Vaccination report Assam 1874-1896 - 1874-1896
Year: 1874
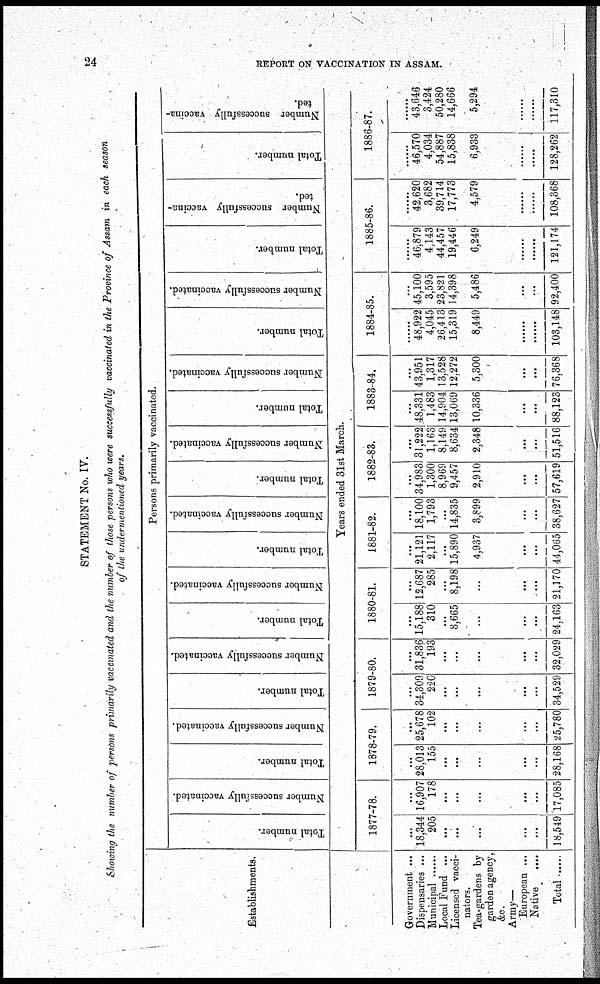
24
REPORT ON VACCINATION IN ASSAM.
STATEMENT No. IV.
Showing the number of persons primarily vaccinated and the number of those persons who were successfully vaccinated in the Province of Assam in each season
of the undermentioned years.
Establishments.
Government ...
Dispensaries ...
Local Fund ...
Licensed vacci-
nators.
Tea-gardens by
garden agency,
&c.
Army—
European ...
Native
....
Total .......
Persons primarily vaccinated.
Total number.
Number successfully vaccinated.
Total number.
Number successfully vaccinated.
Total number.
Number successfully vaccinated.
Total number.
Number successfully vaccinated.
Total number.
Number successfully vaccinated.
Total number.
Number successfully vaccinated.
Total number.
Number successfully vaccinated.
Total number.
Number successfully vaccinated.
Total number.
Number successfully vaccina-
ted.
Total number.
Number successfully vaccina-
ted.
Years ended 31st March.
1877-78.
...
18,344
205
...
...
...
...
...
18,549
...
16,907
178
...
...
...
...
...
17,085
1878-79.
...
28,013
155
...
...
...
...
...
28,168
...
25,678
102
...
...
...
...
...
25,780
1879-80.
...
34,309
220
...
...
...
...
...
34,529
...
31,836
193
...
...
...
...
...
32,029
1880-81.
...
15,188
310
...
8,665
...
...
...
24,163
...
12,687
285
...
8,198
...
...
...
21,170
1881-82.
...
21,121
2,117
...
15,890
4,937
...
...
44,065
...
18,100
1,793
...
14,835
3,899
...
...
38,627
1882-83.
...
34,983
1,300
8,969
9,457
2,910
...
...
57,619
...
31,222
1,163
8,149
8,634
2,348
...
...
51,516
1883-84.
...
48,331
1,483
14,904
13,069
10,336
...
...
88,123
...
43,951
1,317
13,528
12,272
5,300
...
...
76,368
1884-85.
...
48,922
4,045
26,413
15,319
8,449
...
...
103,148
...
45,100
3,595
23,821
14,398
5,486
...
...
92,400
1885-86.
...
46,879
4,143
44,457
19,446
6,249
...
...
121,174
...
42,620
3,682
39,714
17,773
4,579
...
...
108,368
1886-87.
...
46,570
4,034
54,887
15,838
6,933
...
...
128,262
...
43,646
3,424
50,280
14,666
5,294
...
...
117,310